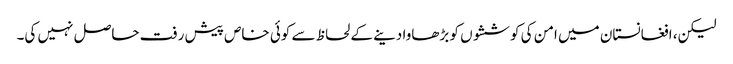
لیکن، افغانستان میں امن کی کوششوں کو بڑھاوا دینے کے لحاظ سے کوئی خاص پیش رفت حاصل نہیں کی۔